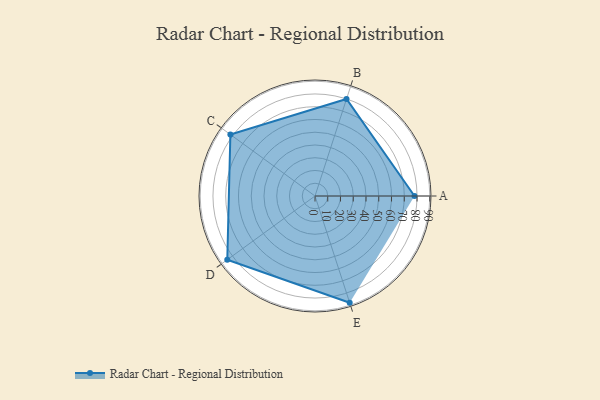
{"axis": {"x": "Skill", "y": "Score"}, "legend": ["Profile"], "data": [{"x": "A", "y": 78.0, "type": "Profile"}, {"x": "B", "y": 80.0, "type": "Profile"}, {"x": "C", "y": 82.0, "type": "Profile"}, {"x": "D", "y": 85.0, "type": "Profile"}, {"x": "E", "y": 88.0, "type": "Profile"}]}